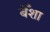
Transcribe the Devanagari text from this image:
बेँशा